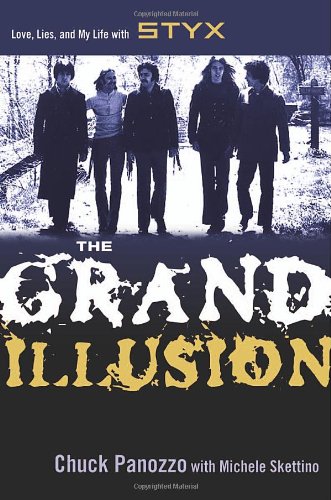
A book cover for The Grand Illusion: Love, Lies, and My Life with Styx; Chuck Panozzo; Gay & Lesbian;